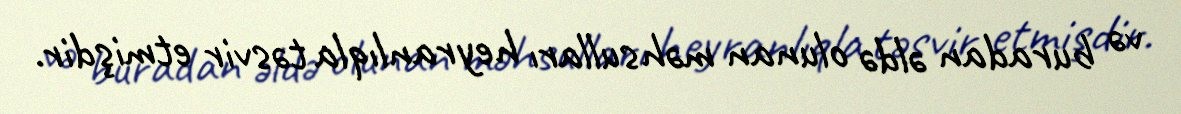
və buradan əldə olunan məhsulları heyranlıqla təsvir etmişdir.